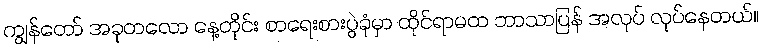
ကျွန်တော် အခုတလော နေ့တိုင်း စာရေးစားပွဲခုံမှာ ထိုင်ရာမထ ဘာသာပြန် အလုပ် လုပ်နေတယ်။